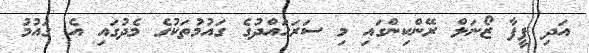
އަދި ފީފާ ޒޯނަލް ރޭންކިންގައި މި ސަރަހައްދުގެ ގައުމުތަކުގެ މެދުގައި އެ ގައުމު